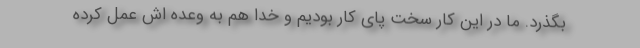
بگذرد. ما در این کار سخت پای کار بودیم و خدا هم به وعده اش عمل کرده